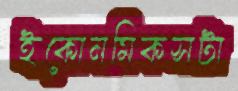
ইকোনমিকসটা